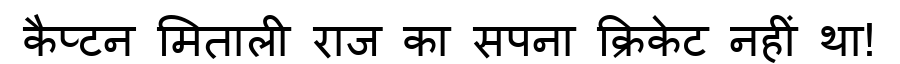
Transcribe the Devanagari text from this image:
कैप्टन मिताली राज का सपना क्रिकेट नहीं था!